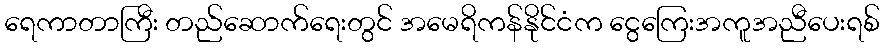
ရေကာတာကြီး တည်ဆောက်ရေးတွင် အမေရိကန်နိုင်ငံက ငွေကြေးအကူအညီပေးရစ်